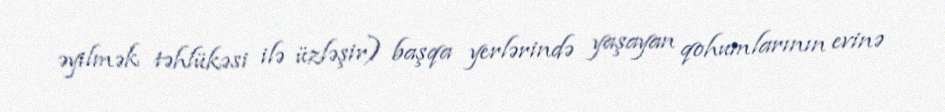
əyilmək təhlükəsi ilə üzləşir) başqa yerlərində yaşayan qohumlarının evinə